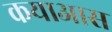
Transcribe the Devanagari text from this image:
कयाआस